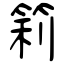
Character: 筣